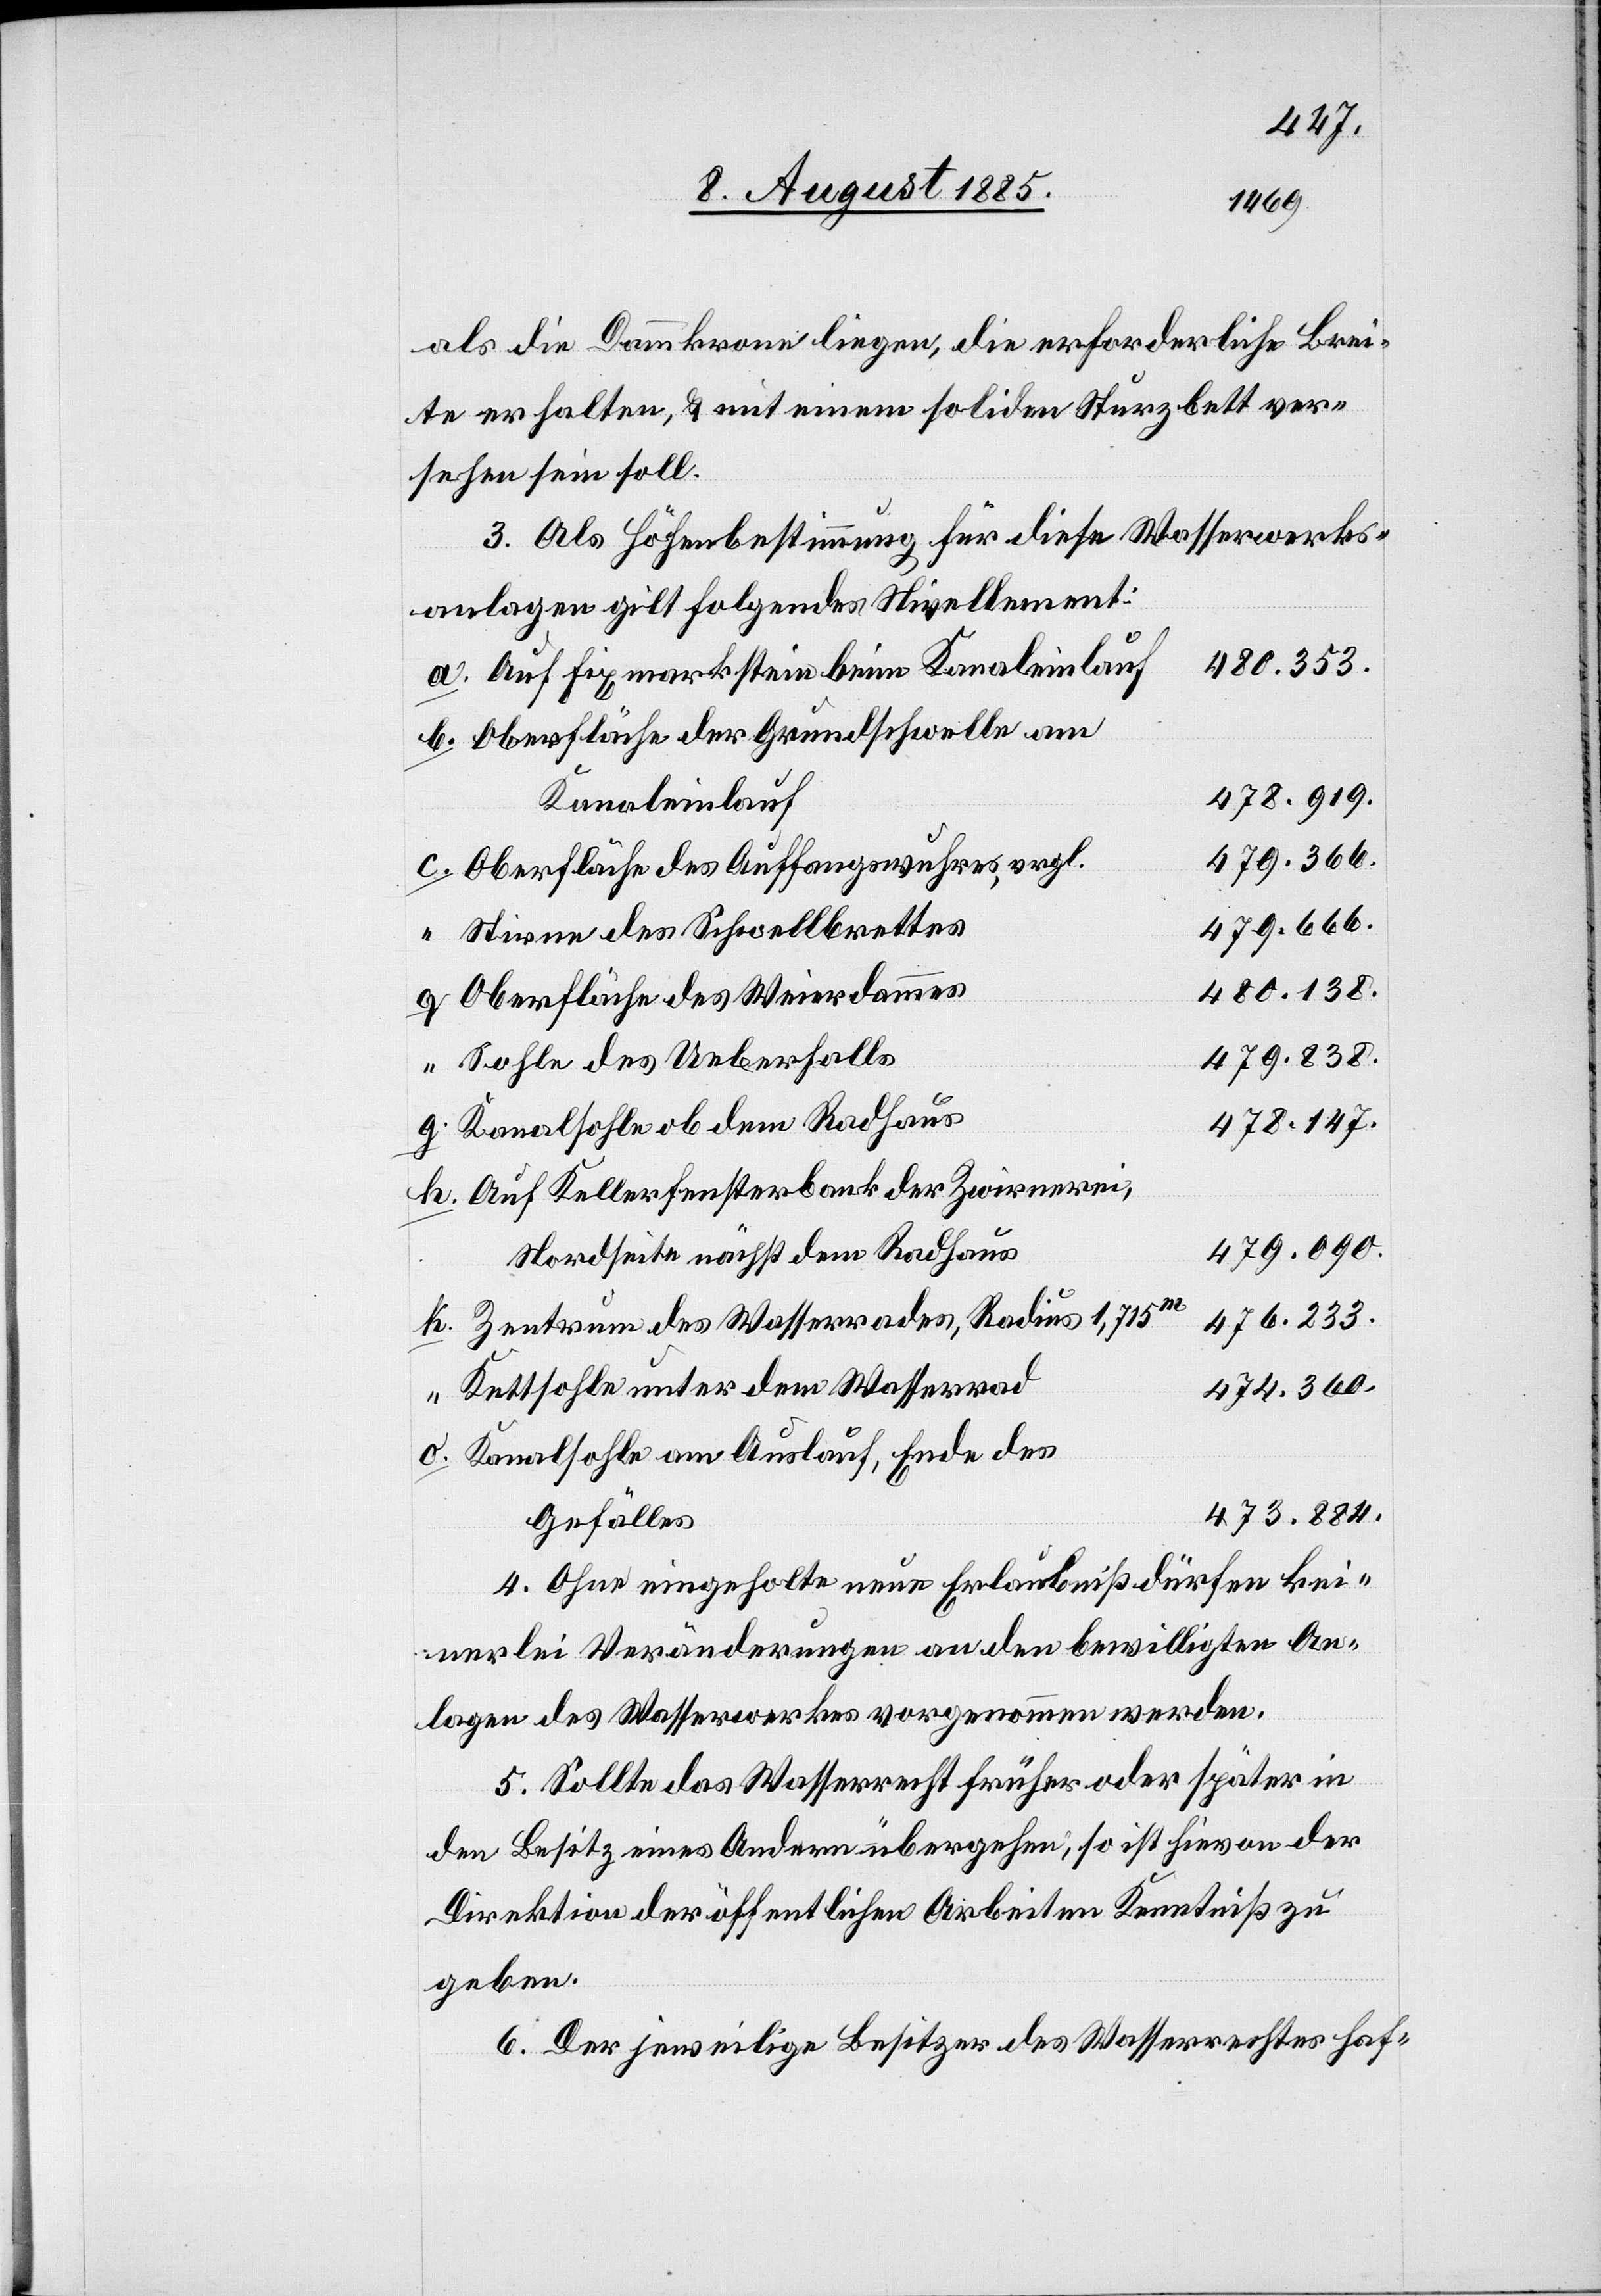
als die Dammkrone liegen, die erforderliche Brei¬
te erhalten, & mit einem soliden Sturzbett ver¬
sehen sein soll.
3. Als Höhenbestimmung für diese Wasserwerks¬
anlagen gilt folgendes Nivellement:
480.353.
Auf Fixmarkstein beim Kanaleinlauf
Oberfläche der Grundschwelle am
478.919.
Kanaleinlauf
479.366.
Oberfläche des Auffangswuhres, vrgl.
479.666.
Stirne des Schwellbrettes
480.138.
Oberfläche des Weierdammes
479.838.
Sohle des Ueberfalls
478.147.
Kanalsohle ob dem Radhaus
Auf Kellerfensterbank der Zwirnerei,
479.090.
Nordseite nächst dem Radhaus
476.233.
Zentrum des Wasserrades, Radius 1,715m
Kettsohle unter dem Wasserrad
474.360.
Kanalsohle am Auslauf, Ende des
473.884.
Gefälls
4. Ohne eingeholte neue Erlaubniß dürfen kei¬
nerlei Veränderungen an den bewilligten An¬
lagen des Wasserwerkes vorgenommen werden.
5. Sollte das Wasserrecht früher oder später in
den Besitz eines Andern übergehen, so ist hievon der
Direktion der öffentlichen Arbeiten Kenntniß zu
geben.
6. Der jeweilige Besitzer des Wasserrechtes haf-

o.